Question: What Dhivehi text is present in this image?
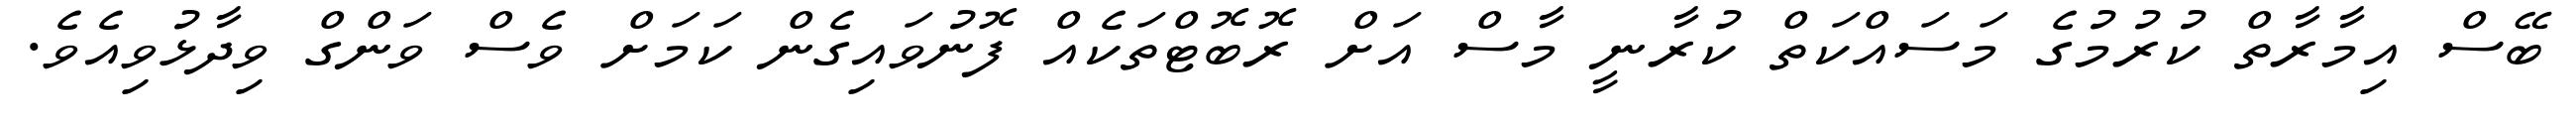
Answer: ބޭސް އިމާރާތް ކުރުމުގެ މަސައްކަތް ކުރާނީ މާސް އަށް ރޮބޮޓްތަކެއް ފޮނުވައިގެން ކަމަށް ވެސް ވަންގް ވިދާޅުވިއެވެ.